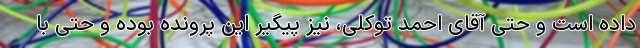
داده است و حتی آقای احمد توکلی، نیز پیگیر این پرونده بوده و حتی با